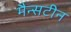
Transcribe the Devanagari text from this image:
मैन्सटीन